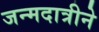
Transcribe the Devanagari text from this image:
जन्मदात्रीने